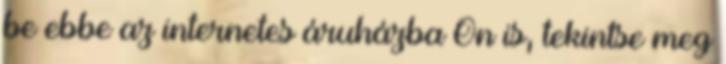
be ebbe az internetes áruházba Ön is, tekintse meg